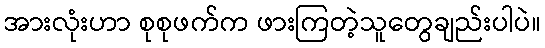
အားလုံးဟာ စုစုဖက်က ဖားကြတဲ့သူတွေချည်းပါပဲ။